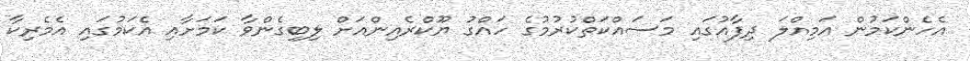
އެހެންކަމުން އަމިއްލަ ދިފާއުގައި މަސައްކަތްކުރުމުގެ ހައްގު ޔޫކްރެއިންއަށް ލިބިގެންވާ ކަމަށާއި އެކަމުގައި އެމެރިކާ